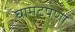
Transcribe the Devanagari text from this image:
घामटपणा